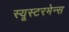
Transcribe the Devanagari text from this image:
स्यूस्टरमेन्स